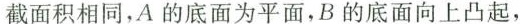
截面积相同，A的底面为平面，B的底面向上凸起，